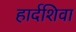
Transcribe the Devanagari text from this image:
हार्दशिवा